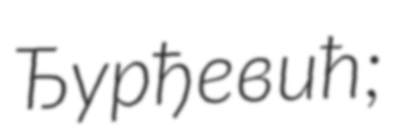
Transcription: Ђурђевић;